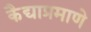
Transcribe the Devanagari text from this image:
कैद्याप्रमाणे